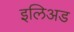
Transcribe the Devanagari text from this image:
इलिअड